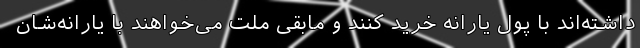
داشته‌اند با پول یارانه خرید کنند و مابقی ملت می‌خواهند با یارانه‌شان